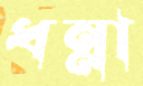
ধন্না